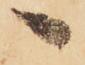
へ